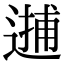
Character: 𨕝